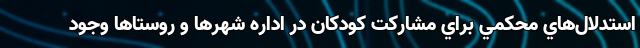
استدلال‌هاي محكمي براي مشاركت كودكان در اداره شهرها و روستاها وجود